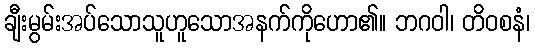
ချီးမွမ်းအပ်သောသူဟူသောအနက်ကိုဟော၏။ ဘဂဝါ၊ တိဝစနံ၊